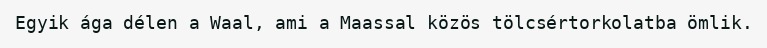
Egyik ága délen a Waal, ami a Maassal közös tölcsértorkolatba ömlik.